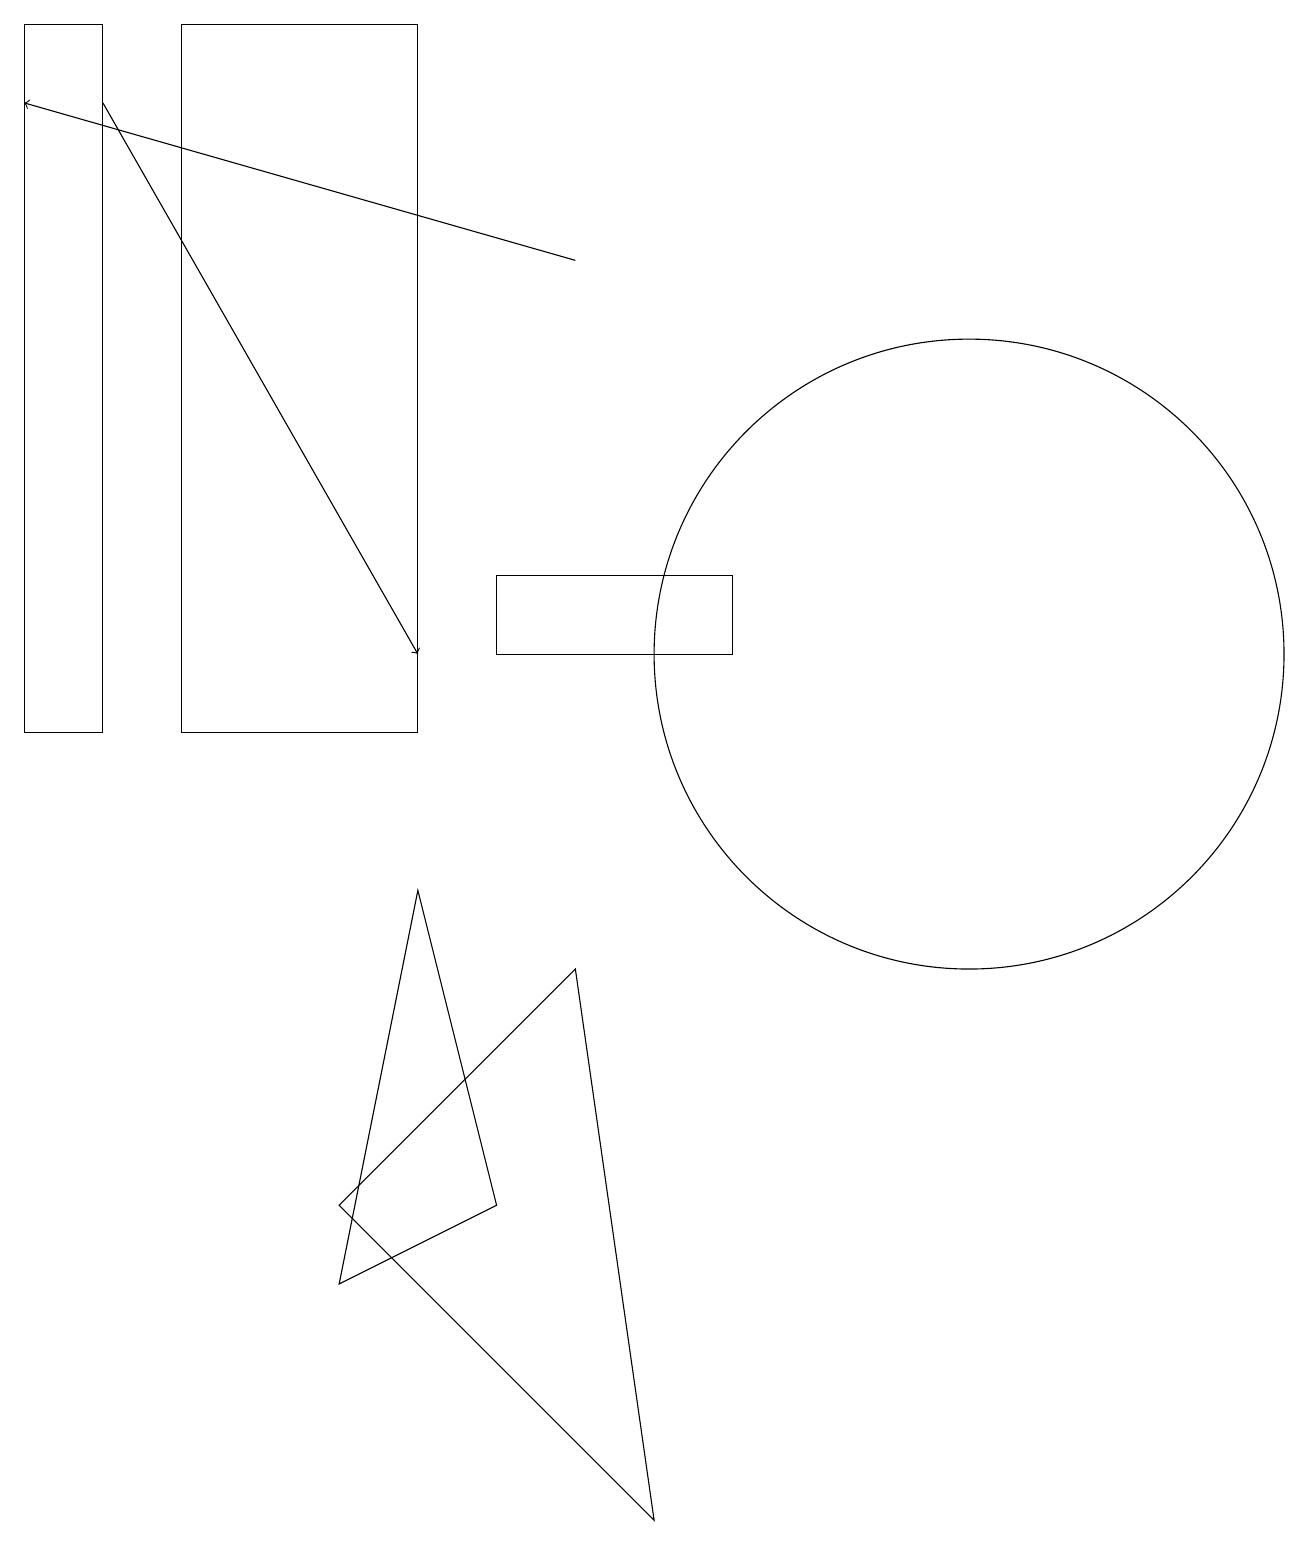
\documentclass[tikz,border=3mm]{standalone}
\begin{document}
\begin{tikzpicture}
\draw (4,3) -- (6,4) -- (5,8) -- cycle;
\draw (0,19) rectangle (1,10);
\draw (2,10) rectangle (5,19);
\draw[->] (1,18) -- (5,11);
\draw (12,11) circle (4);
\draw (8,0) -- (7,7) -- (4,4) -- cycle;
\draw[->] (7,16) -- (0,18);
\draw (9,11) rectangle (6,12);
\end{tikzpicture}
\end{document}